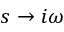
s \rightarrow i \omega